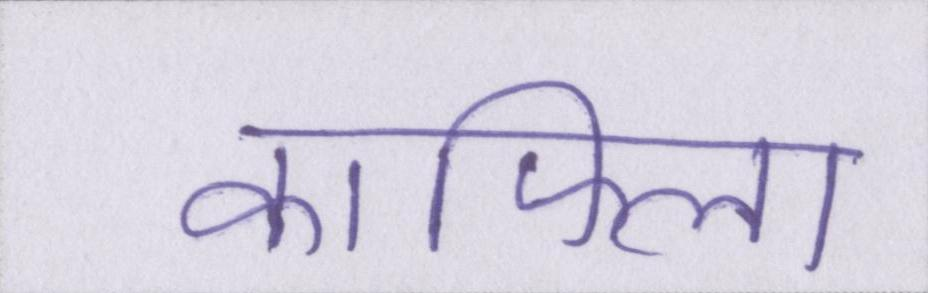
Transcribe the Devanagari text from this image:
काफिला